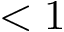
< 1